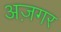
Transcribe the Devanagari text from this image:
अज़गर